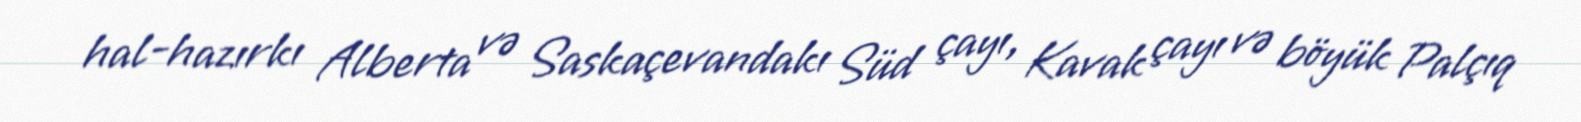
hal-hazırkı Alberta və Saskaçevandakı Süd çayı, Kavak çayı və böyük Palçıq